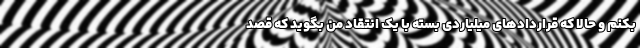
بکنم و حالا که قراردادهای میلیاردی بسته با یک انتقاد من بگوید که قصد